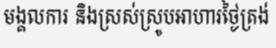
មង្គលការ និងស្រស់ស្រូបអាហារថ្ងៃត្រង់